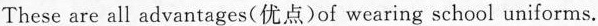
These are all advantages(优点)of wearing school uniforms.